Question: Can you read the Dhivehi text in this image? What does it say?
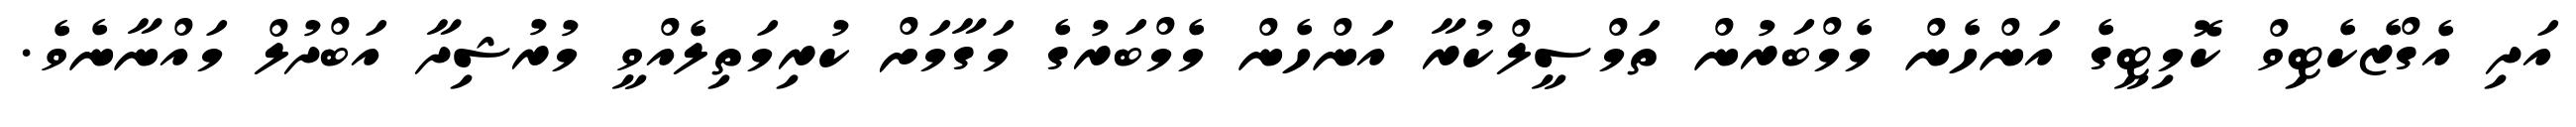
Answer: އަދި އެގްޒެކެޓިވް ކޮމިޓީގެ އަންހެން މެމްބަރުން ތަމްސީލްކުރާ އަންހެން މެމްބަރުގެ މަގާމަށް ކުރިމަތިލެއްވީ މުރުޝިދާ އަބްދުލް މައްނާނެވެ.